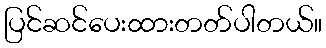
ပြင်ဆင်ပေးထားတတ်ပါတယ်။